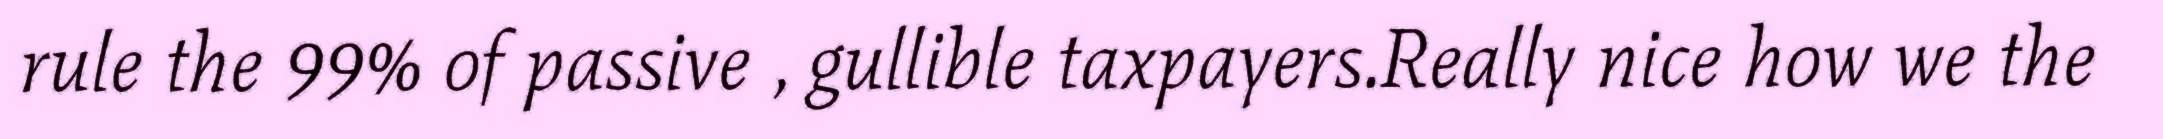
rule the 99% of passive , gullible taxpayers.Really nice how we the